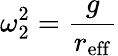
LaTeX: \omega_{2}^{2}=\frac{g}{r_{\mathrm{eff}}}